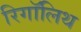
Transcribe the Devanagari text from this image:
रिगॉलिथ